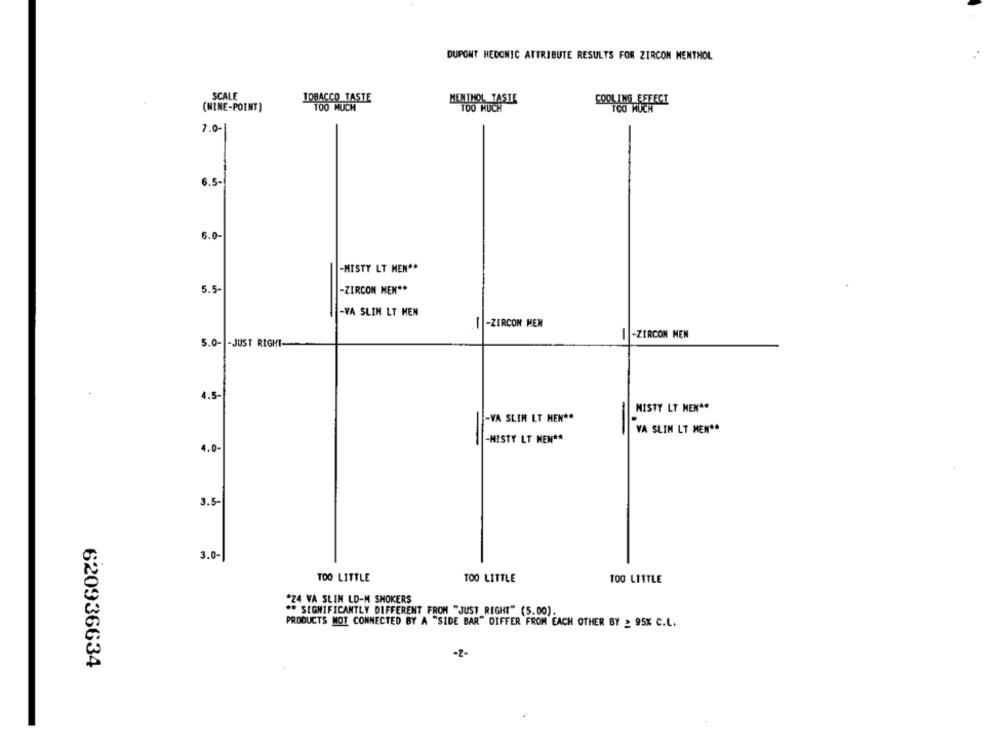
DUPONT HEDONIC ATTRIBUTE RESULTS FOR ZIRCON MENTHOL
SCALE
1QBACCO TASTE
TOO MUCH
MENTHOL TASTE
COOLING EEEECI
(NINE-POINT )
7.0-
6.5-
6.0-
-MISTY LT MEN **
5.5-
-ZIRCON MEN **
-VA SLIN LT MEN
I -ZIRCON HEM
-ZIRCON MEN
-
5.0- - JUST RIGHT-
4.5-
MISTY LT MEN **
-VA SLIM LT MEN **
VA SLIN LT MEN **
-
-MISTY LT MEN **
4.0-
3.5-
3.0-
TOO LITTLE
TOO LITTLE
TOO LITTLE
*24 VA SLIN LD-M SMOKERS
** SIGNIFICANTLY DIFFERENT FROM "JUST RIGHT" (5.00).
PRODUCTS MOT CONNECTED BY A "SIDE BAR" DIFFER FROM EACH OTHER BY _ 95% C.L.
-Z-
620936634